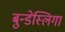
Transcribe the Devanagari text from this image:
बुन्डेस्लिगा